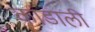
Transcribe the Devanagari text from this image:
कांडाली